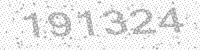
Solution: 191324